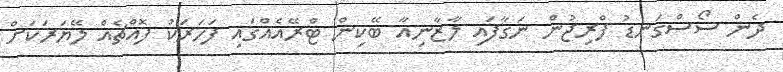
ދެން ސޯސްގަނޑު ފްރިޖުން ނަގާފައި ލާޒާނިއާ ބޭކިން ޓްރޭއެއްގައި ފަހަރަކު ފޮއްޗެއް ލޭޔަރަކަށް